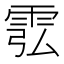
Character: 䨎